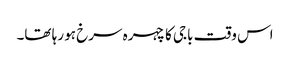
اس وقت باجی کا چہرہ سرخ ہو رہا تھا۔